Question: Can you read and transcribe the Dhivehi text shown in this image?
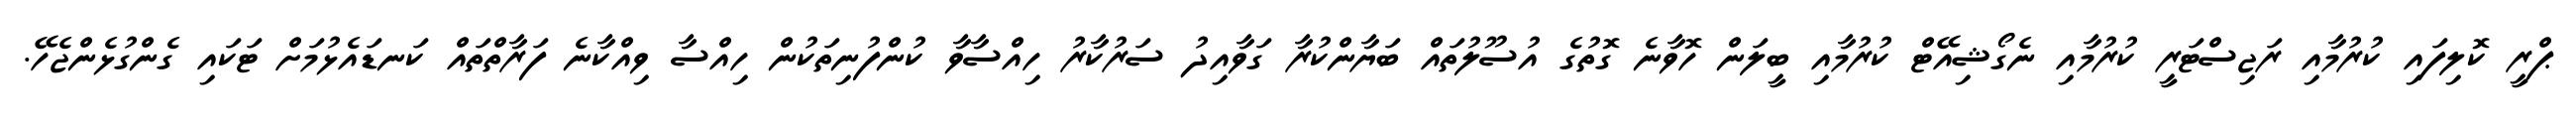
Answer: ޕްރީ ކޮލިފައި ކުރުމާއި ރަޖިސްޓަރީ ކުރުމާއި ނެގޯޝިއޭޓް ކުރުމާއި ބީލަން ހޮވާނެ ގޮތުގެ އުސޫލުތައް ބަޔާންކުރާ ގަވާއިދު ސަރުކާރު ހިއްސާވާ ކުންފުނިތަކުން ހިއްސާ ވިއްކާނެ ފަރާތްތައް ކަނޑައެޅުމަށް ޓަކައި ގެންގުޅެންޖެހޭ.